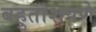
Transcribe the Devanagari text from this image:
बहुतांशपणे